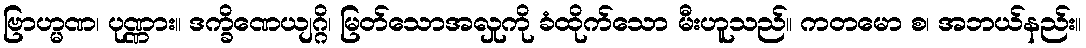
ဗြာဟ္မဏ၊ ပုဏ္ဏား။ ဒက္ခိဏေယျဂ္ဂိ၊ မြတ်သောအလှုကို ခံထိုက်သော မီးဟူသည်။ ကတမော စ၊ အဘယ်နည်း။